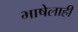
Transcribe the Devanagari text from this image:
भाषेलाही